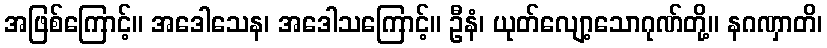
အဖြစ်ကြောင့်။ အဒေါသေန၊ အဒေါသကြောင့်။ ဦနံ၊ ယုတ်လျော့သောဂုဏ်တို့။ နဂဏှာတိ၊